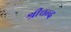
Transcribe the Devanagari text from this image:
श्रीचन्द